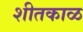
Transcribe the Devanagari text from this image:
शीतकाळ